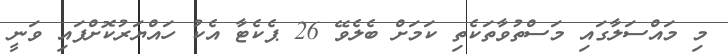
މި މައްސަލާގައި މަސްތުވާތަކެތި ކަމަށް ބެލެވޭ 26 ޕެކެޓާ އެކު ހައްޔަރުކޮށްފައި ވަނީ